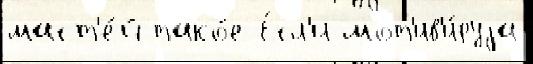
маст'е́й тако́е Е́сл'и мот'ив'и́руjа